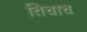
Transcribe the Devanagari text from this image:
तिचाच